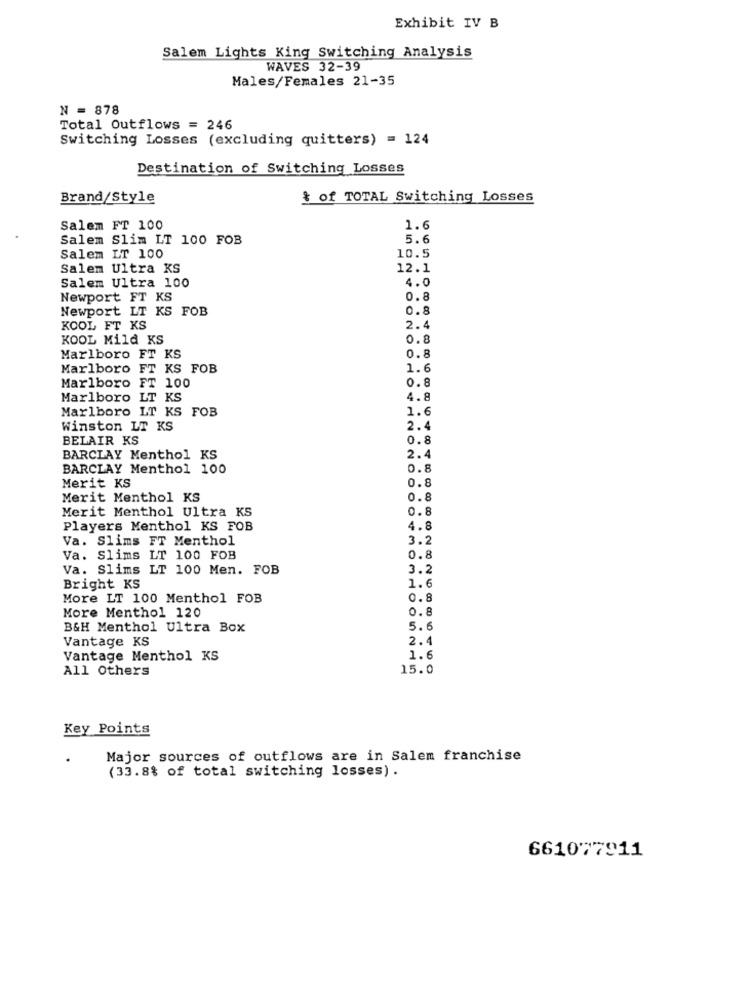
Exhibit IV B
Salem Lights King Switching Analysis
WAVES 32-39
Males/Females 21-35
N = 878
Total Outflows = 246
Switching Losses (excluding quitters) = 124
Destination of Switching Losses
Brand/Style
* of TOTAL Switching Losses
Salem FT 100
1.6
Salem Slim LT 100 FOB
5.6
10.5
Salem LT 100
Salem Ultra KS
12.1
Salem Ultra 100
4.0
Newport FT KS
0.8
Newport LT KS FOB
0.8
KOOL FT KS
2.4
KOOL Mild KS
0.8
0.8
Marlboro FT KS
Marlboro FT KS FOB
1.6
Marlboro
FT 100
0.8
Marlboro LT KS
4.8
Marlboro LT KS FOB
1.6
Winston LT KS
2.4
BELAIR KS
0.8
BARCLAY Menthol KS
2.4
BARCLAY Menthol 100
0.8
0.8
Merit KS
Merit Menthol KS
0.8
Merit Menthol Ultra KS
0.8
Players Menthol KS FOB
4.8
Va. Slims FT Menthol
3.2
Va. Slims LT 100 FOB
0.8
Va. Slims LT 100 Men. FOB
3.2
Bright KS
1.6
More LT 100 Menthol FOB
0.8
More Menthol 120
0.8
B&H Menthol Ultra Box
5.6
Vantage KS
2.4
Vantage Menthol KS
1.6
All Others
15.0
Key Points
Major sources of outflows are in Salem franchise
(33.8% of total switching losses) .
661077911